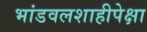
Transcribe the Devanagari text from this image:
भांडवलशाहीपेक्षा